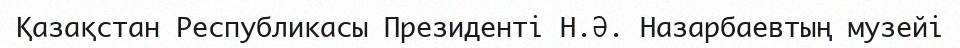
Қазақстан Республикасы Президенті Н.Ә. Назарбаевтың музейі